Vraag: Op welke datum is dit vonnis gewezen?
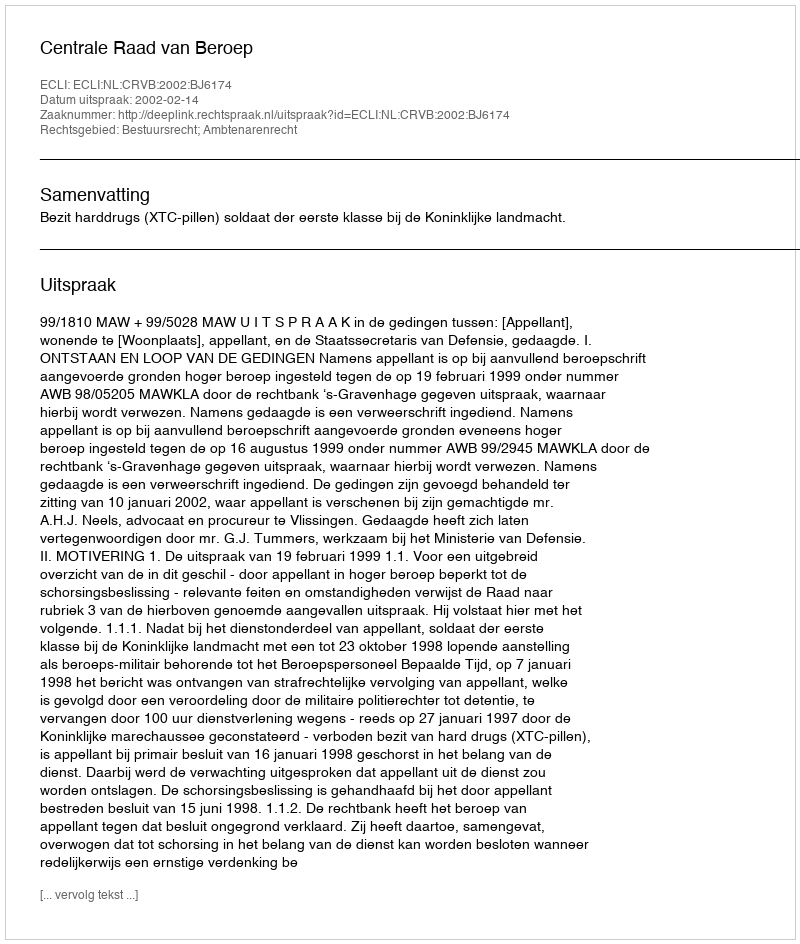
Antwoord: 2002-02-14